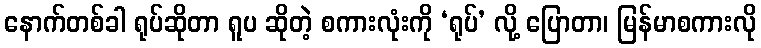
နောက်တစ်ခါ ရုပ်ဆိုတာ ရူပ ဆိုတဲ့ စကားလုံးကို ‘ရုပ်’ လို့ ပြောတာ၊ မြန်မာစကားလို